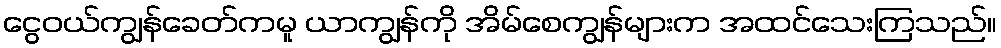
ငွေဝယ်ကျွန်ခေတ်ကမူ ယာကျွန်ကို အိမ်စေကျွန်များက အထင်သေးကြသည်။